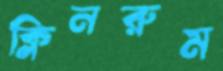
ক্লিনরুম